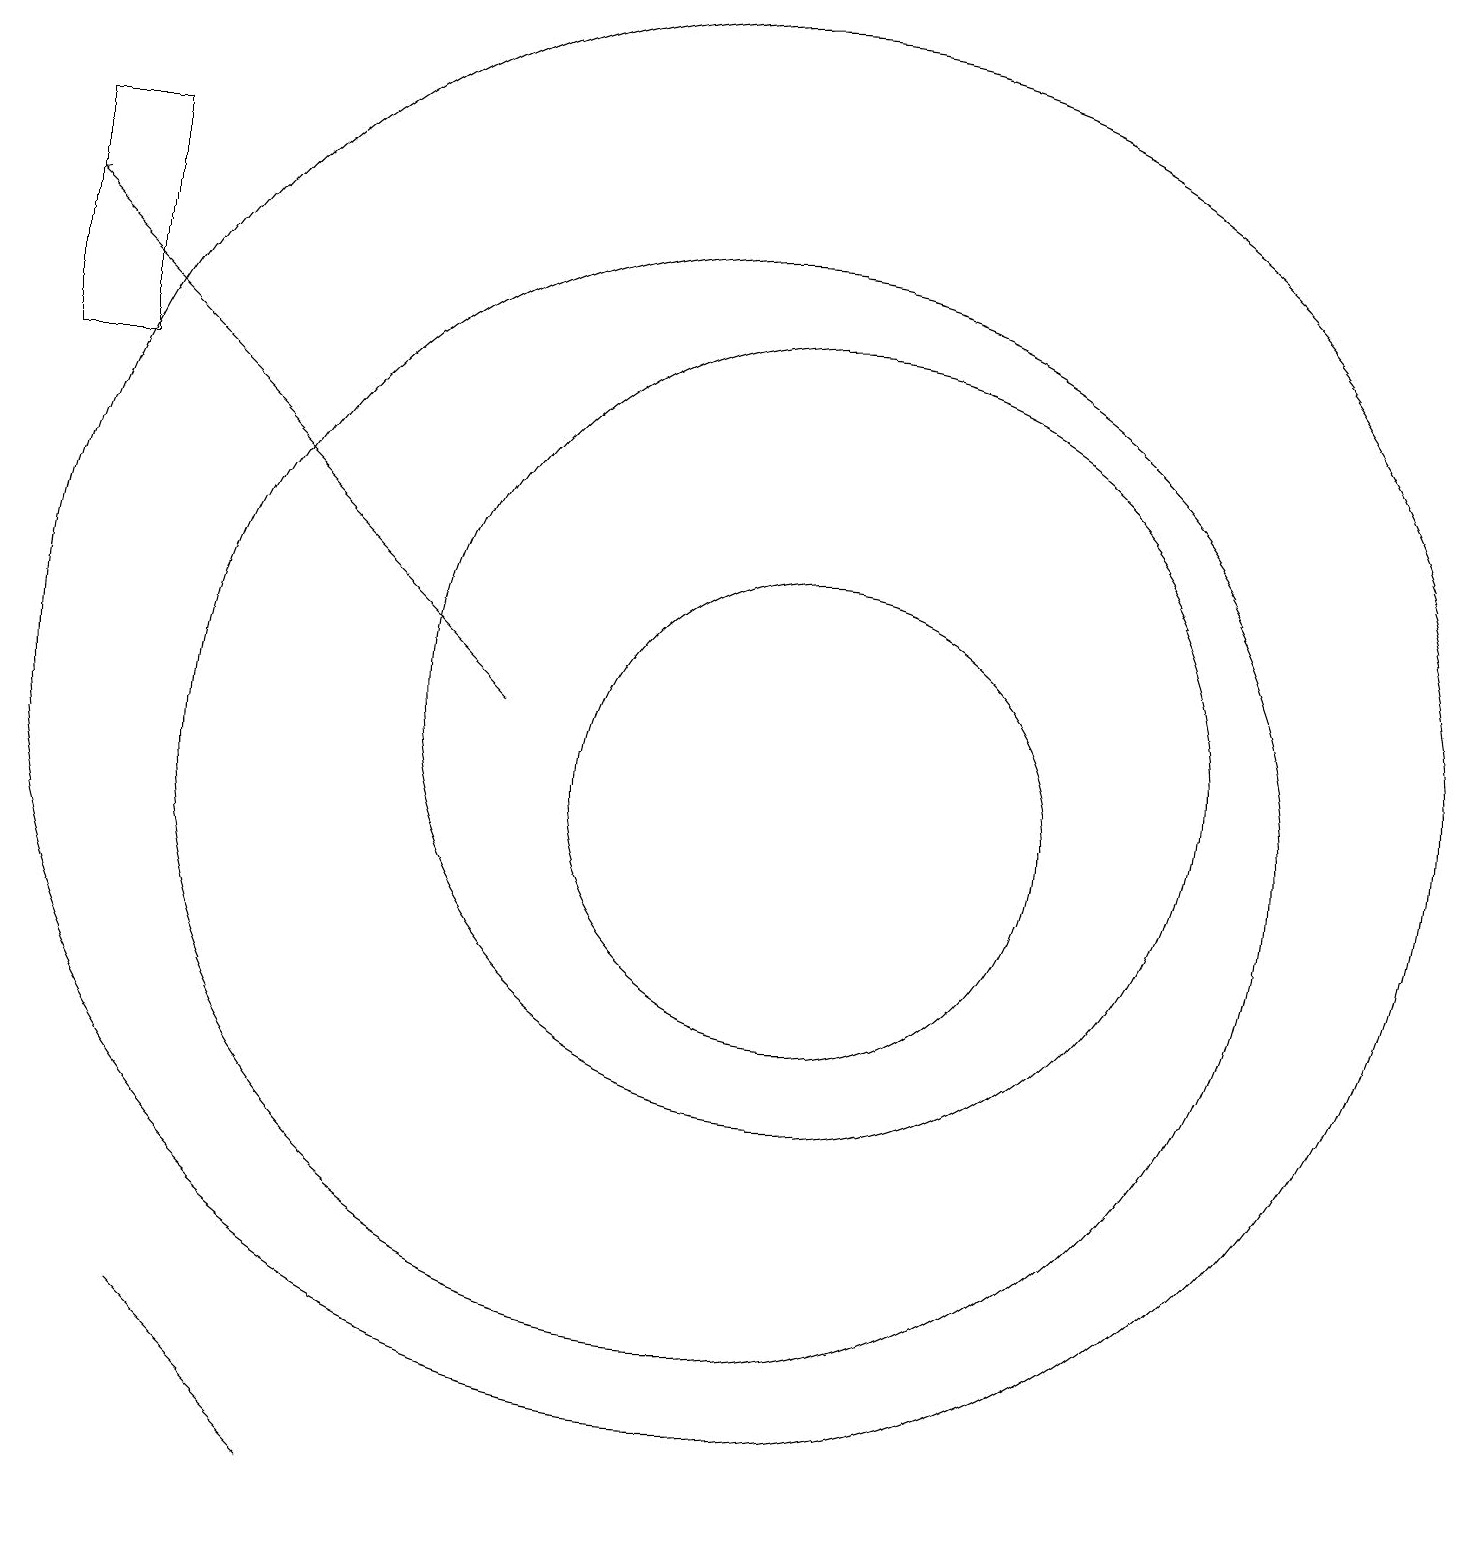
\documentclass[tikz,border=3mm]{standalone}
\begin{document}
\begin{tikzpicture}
\draw (12,12) circle (5);
\draw (4,4) -- (6,2) -- (6,2) -- cycle;
\draw (12,11) circle (3);
\draw (11,11) circle (7);
\draw (2,19) rectangle (3,16);
\draw[->] (8,12) -- (2,18);
\draw (11,12) circle (9);
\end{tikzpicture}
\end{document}